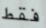
فقط